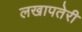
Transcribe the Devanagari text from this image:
लखापतेरी